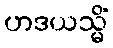
ဟဒယသ္မိံ